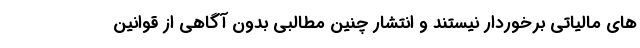
های مالیاتی برخوردار نیستند و انتشار چنین مطالبی بدون آگاهی از قوانین